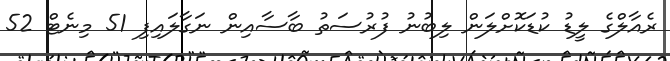
ރެއާލްގެ ލީޑު ކުޑަކޮށްލަން ލިބުނު ފުރުސަތު ބާސާއިން ނަގާލައިފި 51 މިނެޓް 52